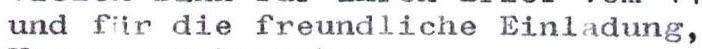
und für die freundliche Einladung,